Report on vaccination in the Province of Bengal - 1869-1873
Year: 1869
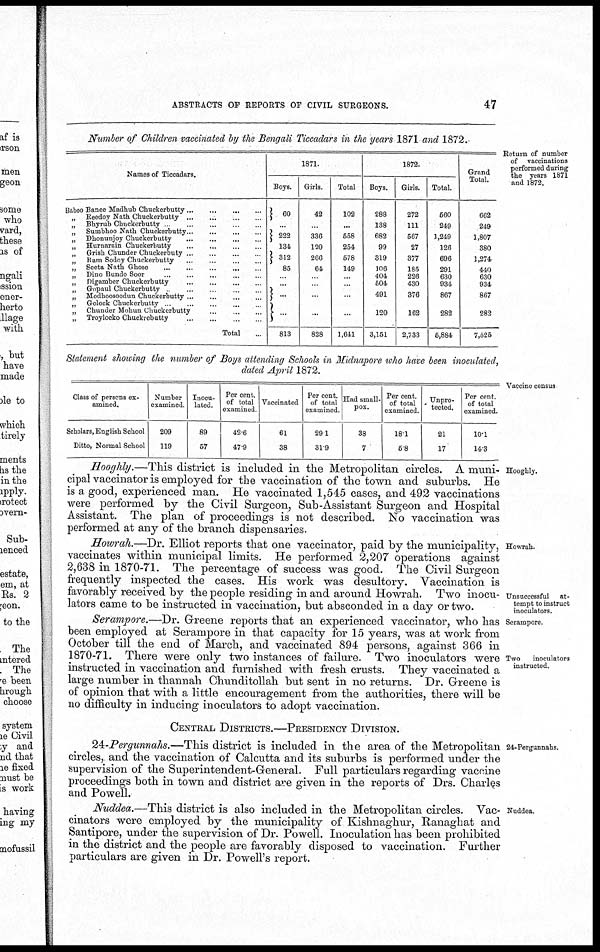
ABSTRACTS OF REPORTS OF CIVIL SURGEONS.
47
Return of number
of vaccinations
performed during
the years 1871
and 1872.
Number of Children vaccinated by the Bengali Ticcadars in the years 1871 and 1872.
Names of Ticcadars.
Baboo Banee Madhub
Chuckerbutty...
...
...
...
„ Reedoy Nath Chuckerbutty...
...
...
.
„
Bhyrub Chuckerbutty.
...
...
...
„ Sumbhoo Nath
Chuckerbutty...
...
...
...
„
Dhonunjoy
Chuckerbutty...
...
...
...
„
Hurnarain
Chuckerbutty...
...
...
...
„
Grish Chunder
Chuckerbuty...
...
...
...
„
Ram Sodoy
Chuckerbutty...
...
...
...
„
Seeta Nath
Ghose...
...
...
...
„
Dino Bundo
Soor...
...
...
...
„
Digamber
Chuckerbutty...
...
...
...
„
Gopaul
Chuckerbutty...
...
...
...
„ Modhoosoodun
Chuckerbutty...
...
...
...
„
Golock Chuckerbutty. ..
...
...
...
„
Chunder Mohun
Chuckerbutty...
...
...
...
„
Troylocko
Chuckiebutty...
...
...
Total...
1871.
Boys.
60
...
222
134
312
85
...
...
...
...
813
Girls.
42
...
336
120
266
64
...
...
...
...
828
Total
102
...
558
254
578
149
...
...
...
...
1,641
1872.
Boys.
288
138
682
99
319
106
404
504
491
120
3,151
Girls.
272
111
567
27
377
185
226
430
376
162
2,733
Total.
560
249
1,249
126
696
291
630
934
867
282
5,884
Grand
Total.
662
249
1,807
380
1,274
440
630
934
867
282
7,525
Vaccine census
Statement showing the number of Boys attending Schools in Midnapore who have been inoculated,
dated April 1872.
Class of persons ex-
amined.
Scholars, English School
Ditto, Normal School
Number
examined
209
119
Inocu-
lated.
89
57
Per cent.
of total
examined
42.6
47.9
Vaccinated
61
38
Per cent.
of total
examined
29.1
31.9
Had small-
pox.
38
7
Per cent.
of total
examined.
18.1
5.8
Unpro-
tected.
21
17
Per cent.
of total
examined.
10.1
14.3
Hooghly.
Hooghly.—This district is included in the Metropolitan circles. A muni-
cipal vaccinator is employed for the vaccination of the town and suburbs. He
is a good, experienced man. He vaccinated 1,545 cases, and 492 vaccinations
were performed by the Civil Surgeon, Sub-Assistant Surgeon and Hospital
Assistant. The plan of proceedings is not described. No vaccination was
performed at any of the branch dispensaries.
Howrah.
Unsuccessful
at-
tempt to instruct
inoculators.
Howrah.—Dr. Elliot reports that one vaccinator, paid by the municipality,
vaccinates within municipal limits. He performed 2,207 operations against
2,638 in 1870-71. The percentage of success was good. The Civil Surgeon
frequently inspected the cases. His work was desultory. Vaccination is
favorably received by the people residing in and around Howrah. Two inocu-
lators came to be instructed in vaccination, but absconded in a day or two.
Serampore
Two
inoculators
instructed.
Serampore.—Dr. Greene reports that an experienced vaccinator, who has
been employed at Serampore in that capacity for 15 years, was at work from
October till the end of March, and vaccinated 894 persons, against 366 in
1870-71. There were only two instances of failure. Two inoculators were
instructed in vaccination and furnished with fresh crusts. They vaccinated a
large number in thannah Chunditollah but sent in no returns. Dr. Greene is
of opinion that with a little encouragement from the authorities, there will be
no difficulty in inducing; inoculators to adopt vaccination.
CENTRAL DISTRICTS.—PRESIDENCY DIVISION.
24-Pergunnahs.
24-Pergunnahs.—This district is included in the area of the Metropolitan
circles, and the vaccination of Calcutta and its suburbs is performed under the
supervision of the Superintendent-General. Full particulars regarding vaccine
proceedings both in town and district are given in the reports of Drs. Charles
and Powell.
Nuddea.
Nuddea.—This district is also included in the Metropolitan circles. Vac-
cinators were employed by the municipality of Kishnaghur, Ranaghat and
Santipore, under the supervision of Dr. Powell. Inoculation has been prohibited
in the district and the people are favorably disposed to vaccination. Further
particulars are given in Dr. Powell's report.